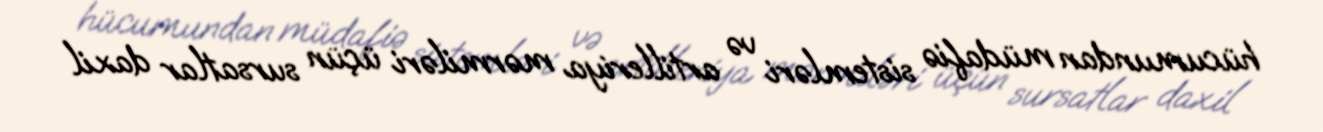
hücumundan müdafiə sistemləri və artilleriya mərmiləri üçün sursatlar daxil